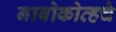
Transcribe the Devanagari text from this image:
नाबोकोव्हचे